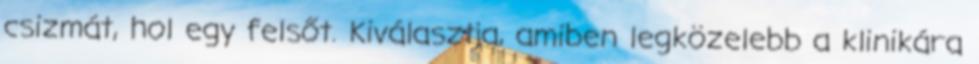
csizmát, hol egy felsőt. Kiválasztja, amiben legközelebb a klinikára